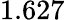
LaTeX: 1.627